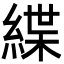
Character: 緤